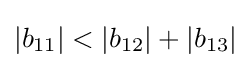
|b_{11}|<|b_{12}|+|b_{13}|